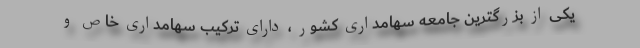
یکی از بزرگترین جامعه سهامداری کشور ، دارای ترکیب سهامداری خاص و